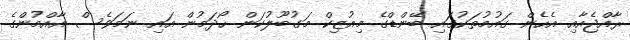
ރާއްޖެއާއި އެހެން ގައުމުތަކުގައި ބޭންޑްގެ މިއުޒިކް މަގުބޫލުކަން ހޯދަމުން އައި ނަމަވެސް އާއްމުންގެ